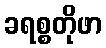
ခရစ္စတိုဖာ